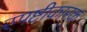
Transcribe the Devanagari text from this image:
स्पष्टीकारक